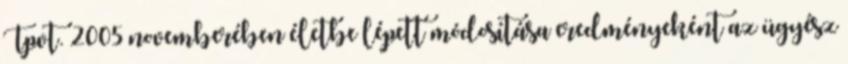
Tpvt. 2005 novemberében életbe lépett módosítása eredményeként az ügyész